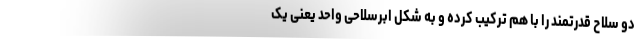
دو سلاح قدرتمند را با هم ترکیب کرده و به شکل ابرسلاحی واحد یعنی یک